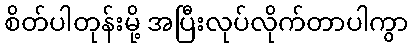
စိတ်ပါတုန်းမို့ အပြီးလုပ်လိုက်တာပါကွာ